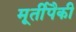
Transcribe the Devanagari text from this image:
मूर्तीपैकी